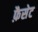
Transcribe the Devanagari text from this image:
फ़ैसेट